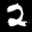
Label: 2